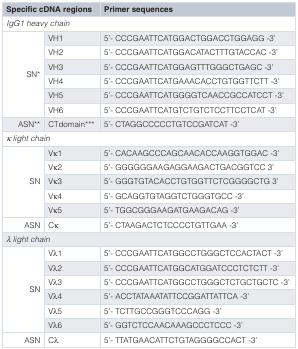
<table><thead><tr><td colspan="2"><b>Specific cDNA regions</b></td><td><b> Primer sequences</b></td></tr></thead><tbody><tr><td colspan="3"><i>IgG1 heavy chain</i></td></tr><tr><td rowspan="6">SN*</td><td>VH1</td><td>5’- CCCGAATTCATGGACTGGACCTGGAGG -3’</td></tr><tr><td>VH2</td><td>5’- CCCGAATTCATGGACATACTTTGTACCAC -3’</td></tr><tr><td>VH3</td><td>5’- CCCGAATTCATGGAGTTTGGGCTGAGC -3’</td></tr><tr><td>VH4</td><td>5’- CCCGAATTCATGAAACACCTGTGGTTCTT -3’</td></tr><tr><td>VH5</td><td>5’- CCCGAATTCATGGGGTCAACCGCCATCCT -3’</td></tr><tr><td>VH6</td><td>5’- CCCGAATTCATGTCTGTCTCCTTCCTCAT -3’</td></tr><tr><td>ASN**</td><td>CTdomain***</td><td>5’- CTAGGCCCCCTGTCCGATCAT -3’</td></tr><tr><td colspan="3"><i>κ light chain</i></td></tr><tr><td rowspan="5">SN</td><td>Vκ1</td><td>5’- CACAAGCCCAGCAACACCAAGGTGGAC -3’</td></tr><tr><td>Vκ2</td><td>5’- GGGGGGAAGAGGAAGACTGACGGTCC 3’</td></tr><tr><td>Vκ3</td><td>5’- GGGTGTACACCTGTGGTTCTCGGGGCTG 3’</td></tr><tr><td>Vκ4</td><td>5’- GCAGGTGTAGGTCTGGGTGCC -3’</td></tr><tr><td>Vκ5</td><td>5’- TGGCGGGAAGATGAAGACAG -3’</td></tr><tr><td>ASN</td><td>Cκ</td><td>5’- CTAAGACTCTCCCCTGTTGAA -3’</td></tr><tr><td colspan="3"><i>λ light chain</i></td></tr><tr><td rowspan="6">SN</td><td>Vλ1</td><td>5’- CCCGAATTCATGGCCTGGGCTCCACTACT -3’</td></tr><tr><td>Vλ2</td><td>5’- CCCGAATTCATGGCATGGATCCCTCTCTT -3’</td></tr><tr><td>Vλ3</td><td>5’- CCCGAATTCATGGCCTGGGCTCTGCTGCTC -3’</td></tr><tr><td>Vλ4</td><td>5’- ACCTATAAATATTCCGGATTATTCA -3’</td></tr><tr><td>Vλ5</td><td>5’- TCTTGCCGGGTCCCAGG -3’</td></tr><tr><td>Vλ6</td><td>5’- GGTCTCCAACAAAGCCCTCCC -3’</td></tr><tr><td>ASN</td><td>Cλ</td><td>5’- TTATGAACATTCTGTAGGGGCCACT -3’</td></tr></tbody></table>